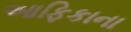
આફિકાના